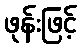
ဖုန်းဖြင့်